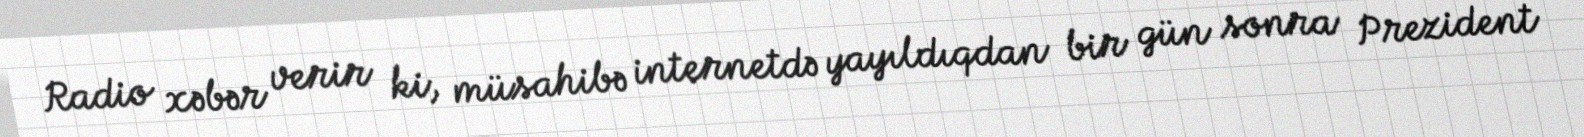
Radio xəbər verir ki, müsahibə internetdə yayıldıqdan bir gün sonra Prezident